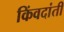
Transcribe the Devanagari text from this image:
किंवदांती